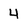
Character: 4